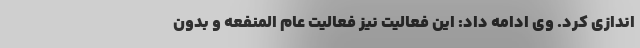
اندازی کرد. وی ادامه داد: این فعالیت نیز فعالیت عام المنفعه و بدون